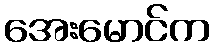
အေးမောင်က